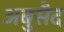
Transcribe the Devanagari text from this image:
अबुसैद